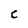
Character: C